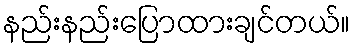
နည်းနည်းပြောထားချင်တယ်။